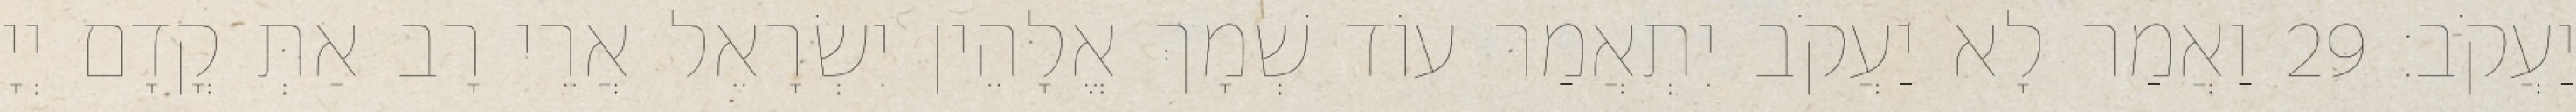
יַעֲקֹב׃ 29 וַאֲמַר לָא יַעֲקֹב יִתְאֲמַר עוֹד שְׁמָךְ אֱלָהֵין יִשְׂרָאֵל אֲרֵי רָב אַתְּ קֳדָם יְיָ